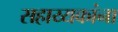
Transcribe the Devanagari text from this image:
सहाय्यकांना